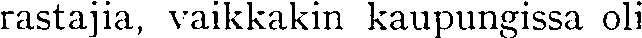
rastajia, vaikkakin kaupungissa oli